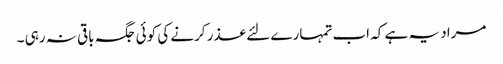
مراد یہ ہے کہ اب تمہارے لئے عذر کرنے کی کوئی جگہ باقی نہ رہی ۔